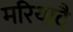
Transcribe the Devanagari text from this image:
मरियादै